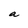
Character: a